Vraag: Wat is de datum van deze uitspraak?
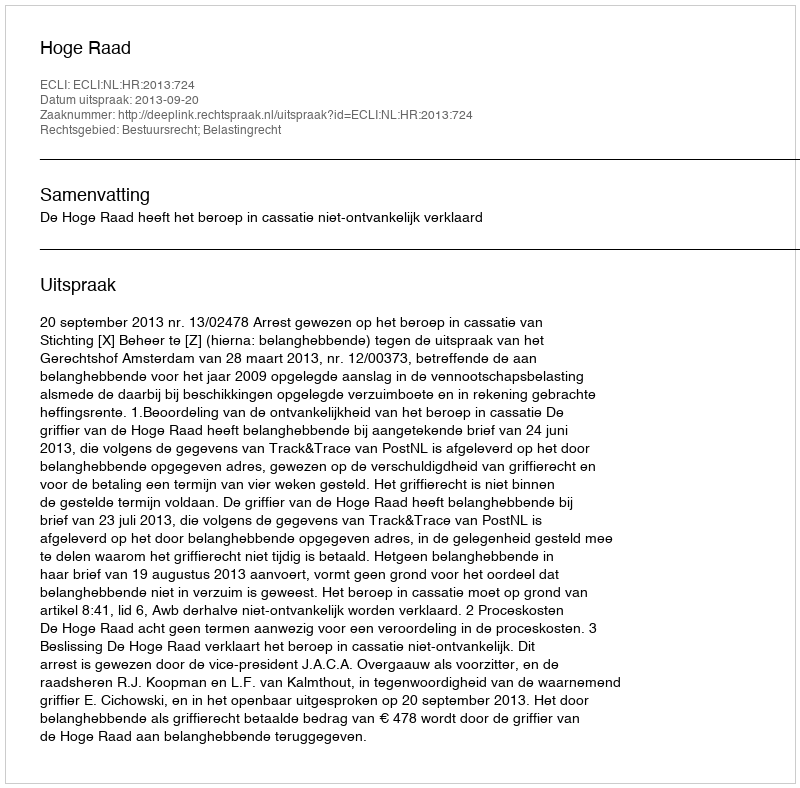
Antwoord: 2013-09-20